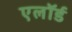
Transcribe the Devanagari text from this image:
एलॉर्ड